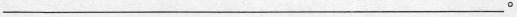
___